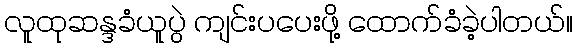
လူထုဆန္ဒခံယူပွဲ ကျင်းပပေးဖို့ ထောက်ခံခဲ့ပါတယ်။